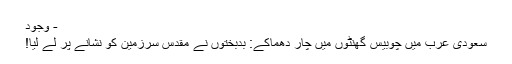
- وجود
سعودی عرب میں چوبیس گھنٹوں میں چار دھماکے: بدبختوں نے مقدس سرزمین کو نشانے پر لے لیا!